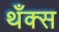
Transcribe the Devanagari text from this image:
थँक्स